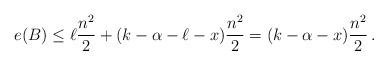
LaTeX: \begin{align*}e(B) \leq \ell\frac{n^2}{2} + (k-\alpha-\ell-x)\frac{n^2}{2} =(k-\alpha - x)\frac{n^2}{2}\,.\end{align*}